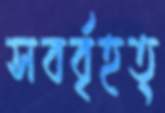
সবর্বৃহত্